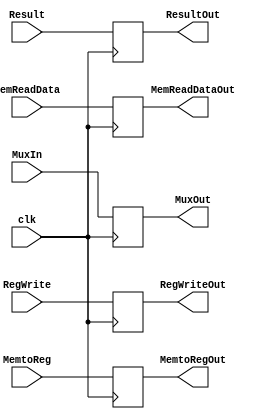
module MEM_WB(
	// Outputs
	output reg RegWriteOut, MemtoRegOut,
	output reg [31:0]ResultOut, MemReadDataOut,
	output reg [4:0]MuxOut,
	// Inputs
	input wire RegWrite, MemtoReg,
	input wire [31:0]Result, MemReadData,
	input wire [4:0]MuxIn,
	input wire clk
);

	always @ (posedge clk)
	begin
		RegWriteOut <= RegWrite;
		MemtoRegOut <= MemtoReg;
		
		ResultOut <= Result;
		MemReadDataOut <= MemReadData;
		MuxOut <= MuxIn;
	end
endmodule